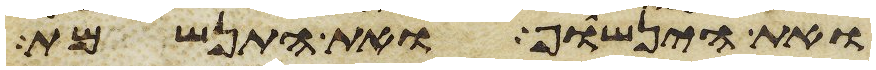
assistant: ואת הינשוף ואת התנשמת